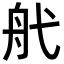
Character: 𦨒